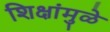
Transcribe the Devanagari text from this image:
शिक्षांमुळे